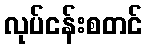
လုပ်ငန်းစတင်